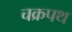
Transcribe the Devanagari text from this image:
चक्रपथ